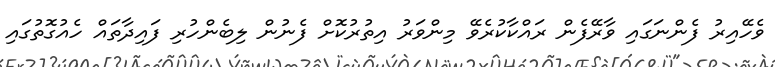
ވެހޭއިރު ފެންނަގައި ވާރޭފެން ރައްކާކުރެވޭ މިންވަރު އިތުރުކޮށް ފެނުން ލިބެންހުރި ފައިދާތައް ހެއުގޮތުގައި